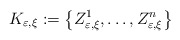
\begin{align*}K_{\varepsilon,\xi}:=\left\{ Z_{\varepsilon,\xi}^{1},\dots,Z_{\varepsilon,\xi}^{n}\right\}\end{align*}